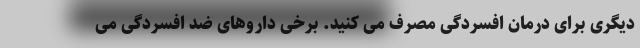
دیگری برای درمان افسردگی مصرف می کنید. برخی داروهای ضد افسردگی می